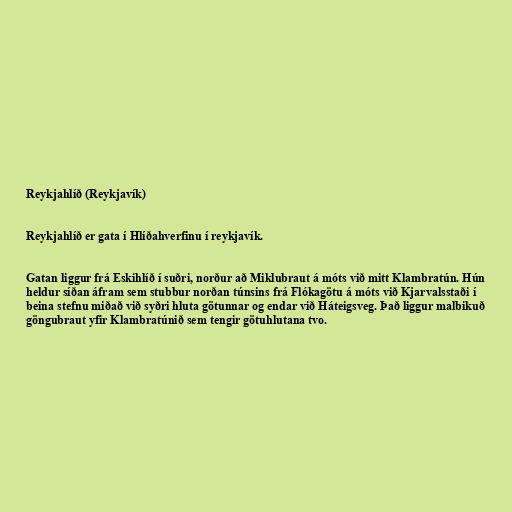
Reykjahlíð (Reykjavík)

Reykjahlíð er gata í Hlíðahverfinu í reykjavík.

Gatan liggur frá Eskihlíð í suðri, norður að Miklubraut á móts við mitt Klambratún. Hún
heldur síðan áfram sem stubbur norðan túnsins frá Flókagötu á móts við Kjarvalsstaði í
beina stefnu miðað við syðri hluta götunnar og endar við Háteigsveg. Það liggur malbikuð
göngubraut yfir Klambratúnið sem tengir götuhlutana tvo.